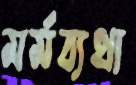
মর্মব্যথা